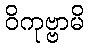
ဝိကုဗ္ဗာမိ